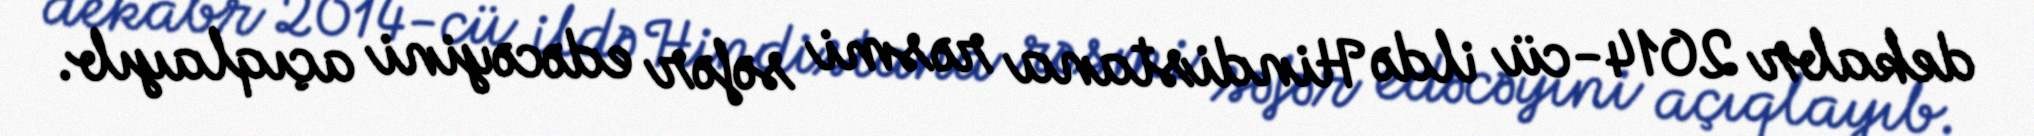
dekabr 2014-cü ildə Hindistana rəsmi səfər edəcəyini açıqlayıb.